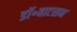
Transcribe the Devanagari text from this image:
डॉ॰वाटसन